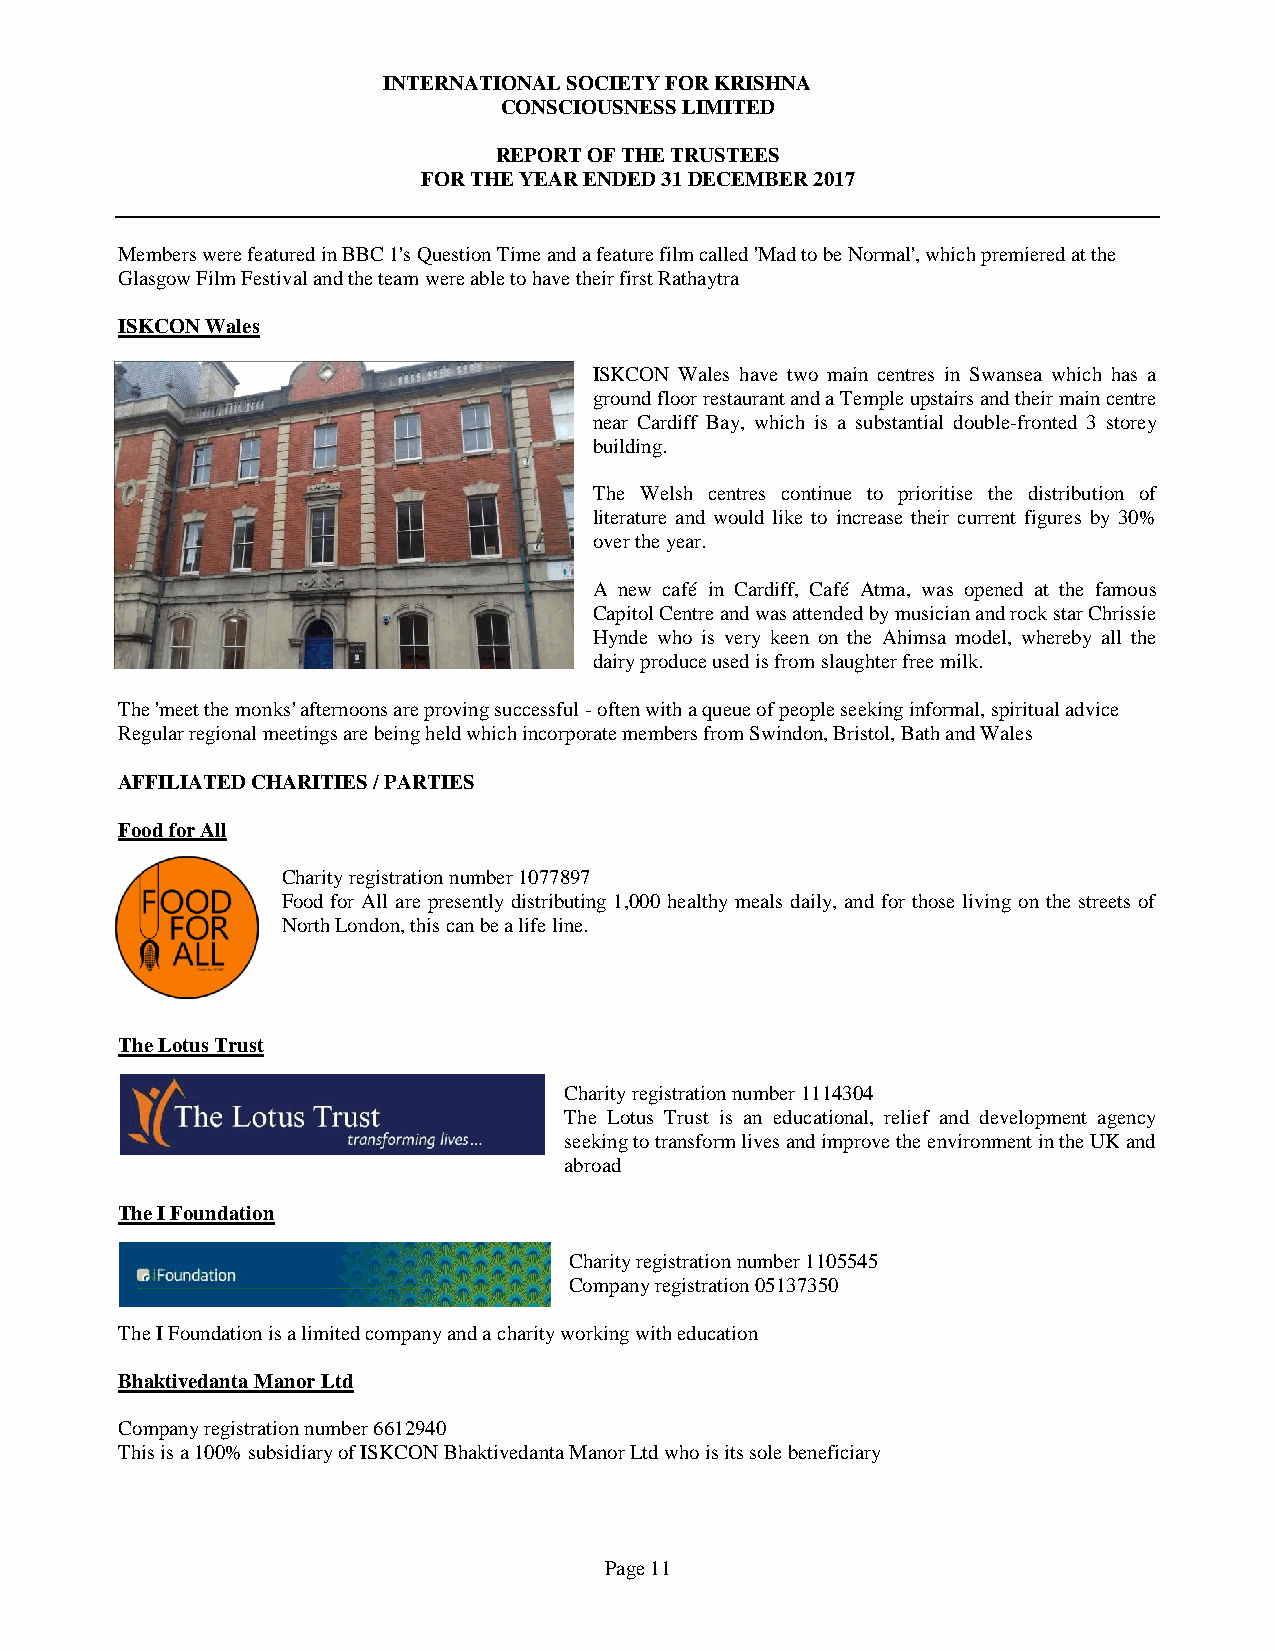
INTERNATIONAL SOCIETY FOR KRISHNA
 CONSCIOUSNESS LIMITED
 REPORT OF THE TRUSTEES
 FOR THE YEAR ENDED 31 DECEMBER 2017
 Members were featured in BBC 1's Question Time and a feature film called 'Mad to be Normal', which premiered at the
 Glasgow Film Festival and the team were able to have their first Rathaytra
 ISKCON Wales
 ISKCON Wales have two main centres in Swansea which has a
 ground floor restaurant and a Temple upstairs and their main centre
 near Cardiff Bay, which is a substantial double-fronted 3 storey
 building.
 The Welsh centres continue to prioritise the distribution of
 literature and would like to increase their current figures by 30%
 over the year.
 A new café in Cardiff, Café Atma, was opened at the famous
 Capitol Centre and was attended by musician and rock star Chrissie
 Hynde who is very keen on the Ahimsa model, whereby all the
 dairy produce used is from slaughter free milk.
 The 'meet the monks' afternoons are proving successful - often with a queue of people seeking informal, spiritual advice
 Regular regional meetings are being held which incorporate members from Swindon, Bristol, Bath and Wales
 AFFILIATED CHARITIES / PARTIES
 Food for All
 Charity registration number 1077897
 Food for All are presently distributing 1,000 healthy meals daily, and for those living on the streets of
 North London, this can be a life line.
 The Lotus Trust
 Charity registration number 1114304
 The Lotus Trust is an educational, relief and development agency
 seeking to transform lives and improve the environment in the UK and
 abroad
 The I Foundation
 Charity registration number 1105545
 Company registration 05137350
 The I Foundation is a limited company and a charity working with education
 Bhaktivedanta Manor Ltd
 Company registration number 6612940
 This is a 100% subsidiary of ISKCON Bhaktivedanta Manor Ltd who is its sole beneficiary
 Page 11